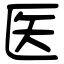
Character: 医